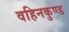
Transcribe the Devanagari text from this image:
वहिनकुण्ड